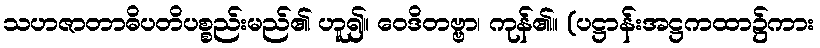
သဟဇာတာဓိပတိပစ္စည်းမည်၏ ဟူ၍။ ဝေဒိတဗ္ဗာ၊ ကုန်၏။ (ပဋ္ဌာန်းအဋ္ဌကထာ၌ကား